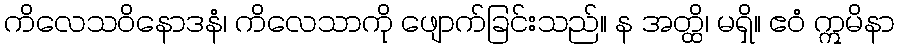
ကိလေသဝိနောဒနံ၊ ကိလေသာကို ဖျောက်ခြင်းသည်။ န အတ္ထိ၊ မရှိ။ ဧဝံ ဣမိနာ